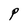
Character: P